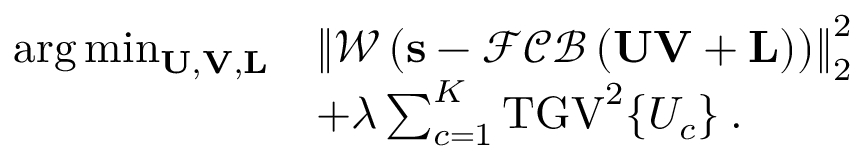
\begin{array} { r l } { \arg \operatorname* { m i n } _ { \mathbf { U } , \mathbf { V } , \mathbf { L } } } & { \left\| \mathcal { W } \left( \mathbf { s } - \mathcal { F C B } \left( \mathbf { U } \mathbf { V } + \mathbf { L } \right) \right) \right\| _ { 2 } ^ { 2 } } \\ & { + \lambda \sum _ { c = 1 } ^ { K } \mathrm { T G V } ^ { 2 } \{ U _ { c } \} \: . } \end{array}